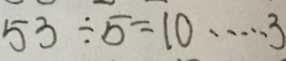
5 3 \div 5 = 1 0 \cdots 3